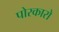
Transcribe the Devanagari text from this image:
पोरकारो